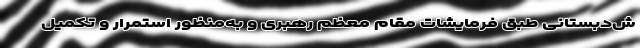
ش‌دبستانی طبق فرمایشات مقام معظم رهبری و به‌منظور استمرار و تکمیل